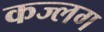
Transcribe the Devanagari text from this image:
कज्लग